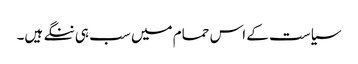
سیاست کے اس حمام میں سب ہی ننگے ہیں۔